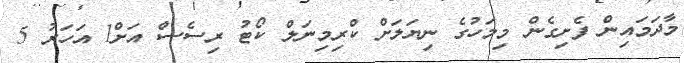
މާދަމައިން ފެށިގެން މިމަހުގެ ނިޔަލަށް ކްރިމިނަލް ކޯޓު ރިސެސް އަށް1 އަހަރު 5